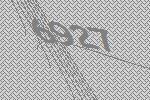
6927